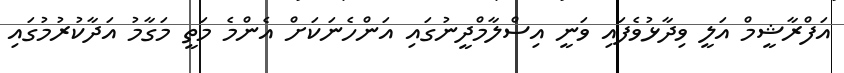
އަފްރާޝީމް އަލީ ވިދާޅުވެފައި ވަނީ އިސްލާމްދީނުގައި އަންހެނަކަށް އެންމެ މަތީ މަގާމު އަދާކުރުމުގައި